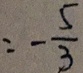
= - \frac { 5 } { 3 }